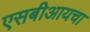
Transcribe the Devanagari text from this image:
एसबीआयचा